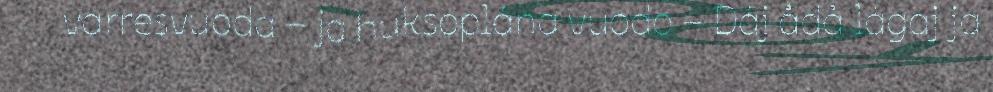
varresvuoda – ja huksoplána vuodo – Dáj ådå lágaj ja